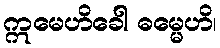
ဣမေဟိခေါ ဓမ္မေဟိ၊